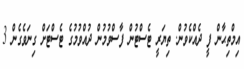
އިމްތިޙާން ފީ ދެއްކެވުން. ތިޔަރީ ޓެސްޓުން ފާސްވުމުން ދުއްވުމުގެ ޓެސްޓަށް ގިނަވެގެން 3